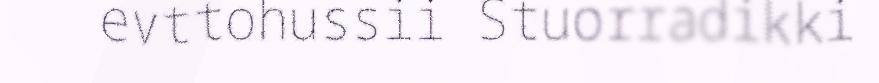
evttohussii Stuorradikki